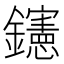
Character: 𨯶